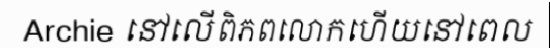
Archie នៅលើពិភពលោកហើយនៅពេល